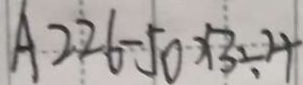
A 2 2 6 - 5 0 \times 3 \div 4